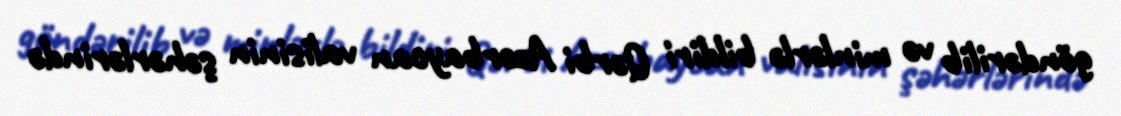
göndərilib və minlərlə bildiri Qərbi Azərbaycan valisinin şəhərlərində